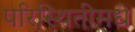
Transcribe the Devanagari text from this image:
परिस्थितीमधे